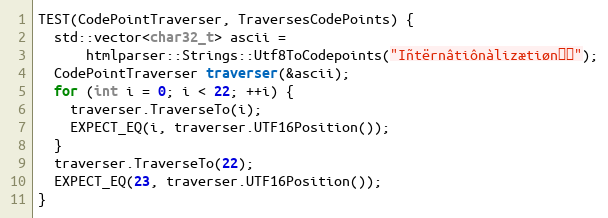
Language: C++
TEST(CodePointTraverser, TraversesCodePoints) {
  std::vector<char32_t> ascii =
      htmlparser::Strings::Utf8ToCodepoints("Iñtërnâtiônàlizætiøn☃💩");
  CodePointTraverser traverser(&ascii);
  for (int i = 0; i < 22; ++i) {
    traverser.TraverseTo(i);
    EXPECT_EQ(i, traverser.UTF16Position());
  }
  traverser.TraverseTo(22);
  EXPECT_EQ(23, traverser.UTF16Position());
}